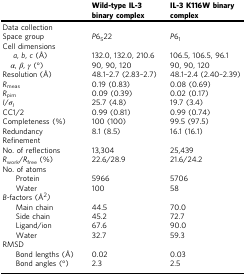
<table><thead><tr><td></td><td><b>Wild-type IL-3 binary complex</b></td><td><b>IL-3 K116W binary complex</b></td></tr></thead><tbody><tr><td colspan="3">Data collection</td></tr><tr><td>Space group</td><td><i>P</i>6<sub>5</sub>22</td><td><i>P</i>6<sub>1</sub></td></tr><tr><td>Cell dimensions</td><td></td><td></td></tr><tr><td> <i> a</i>, <i>b</i>, <i>c</i> (Å)</td><td>132.0, 132.0, 210.6</td><td>106.5, 106.5, 96.1</td></tr><tr><td><i> α</i>, <i>β</i>, <i>γ</i> (°)</td><td>90, 90, 120</td><td>90, 90, 120</td></tr><tr><td>Resolution (Å)</td><td>48.1–2.7 (2.83–2.7)</td><td>48.1–2.4 (2.40–2.39)</td></tr><tr><td><i>R</i><sub>meas</sub></td><td>0.19 (0.83)</td><td>0.08 (0.69)</td></tr><tr><td><i>R</i><sub>pim</sub></td><td>0.09 (0.39)</td><td>0.02 (0.17)</td></tr><tr><td><i>I</i>/<i>σ</i><sub><i>I</i></sub></td><td>25.7 (4.8)</td><td>19.7 (3.4)</td></tr><tr><td>CC1/2</td><td>0.99 (0.81)</td><td>0.99 (0.74)</td></tr><tr><td>Completeness (%)</td><td>100 (100)</td><td>99.5 (97.5)</td></tr><tr><td>Redundancy</td><td>8.1 (8.5)</td><td>16.1 (16.1)</td></tr><tr><td colspan="3">Refinement</td></tr><tr><td>No. of reflections</td><td>13,304</td><td>25,439</td></tr><tr><td><i>R</i><sub>work</sub>/<i>R</i><sub>free</sub> (%)</td><td>22.6/28.9</td><td>21.6/24.2</td></tr><tr><td>No. of atoms</td><td></td><td></td></tr><tr><td>Protein</td><td>5966</td><td>5706</td></tr><tr><td>Water</td><td>100</td><td>58</td></tr><tr><td><i>B</i>-factors (Å<sup>2</sup><i>)</i></td><td></td><td></td></tr><tr><td>Main chain</td><td>44.5</td><td>70.0</td></tr><tr><td>Side chain</td><td>45.2</td><td>72.7</td></tr><tr><td>Ligand/ion</td><td>67.6</td><td>90.0</td></tr><tr><td>Water</td><td>32.7</td><td>59.3</td></tr><tr><td>RMSD</td><td></td><td></td></tr><tr><td>Bond lengths (Å)</td><td>0.02</td><td>0.03</td></tr><tr><td>Bond angles (°)</td><td>2.3</td><td>2.5</td></tr></tbody></table>